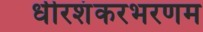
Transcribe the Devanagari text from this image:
धीरशंकरभरणम